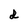
Character: d